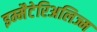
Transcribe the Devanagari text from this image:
इम्मैटेरिअलिज्म